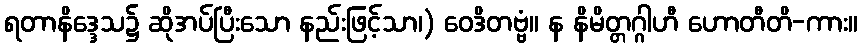
ရတာနိဒ္ဒေသ၌ ဆိုအပ်ပြီးသော နည်းဖြင့်သာ၊) ဝေဒိတဗ္ဗံ။ န နိမိတ္တဂ္ဂါဟီ ဟောတီတိ-ကား။